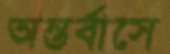
অন্তর্বাসে